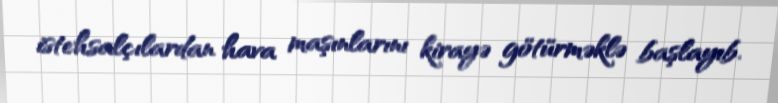
istehsalçılardan hava maşınlarını kirayə götürməklə başlayıb.